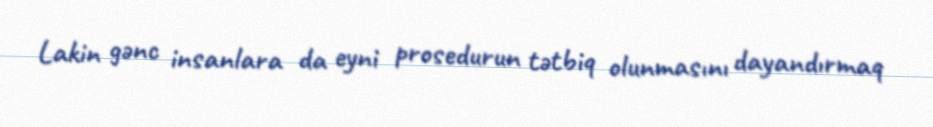
Lakin gənc insanlara da eyni prosedurun tətbiq olunmasını dayandırmaq